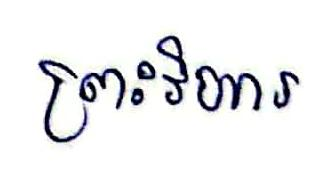
ព្រះវិហារ